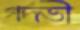
গর্দভী